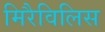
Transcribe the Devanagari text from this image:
मिरैविलिस